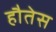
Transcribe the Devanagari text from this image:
हौतेस